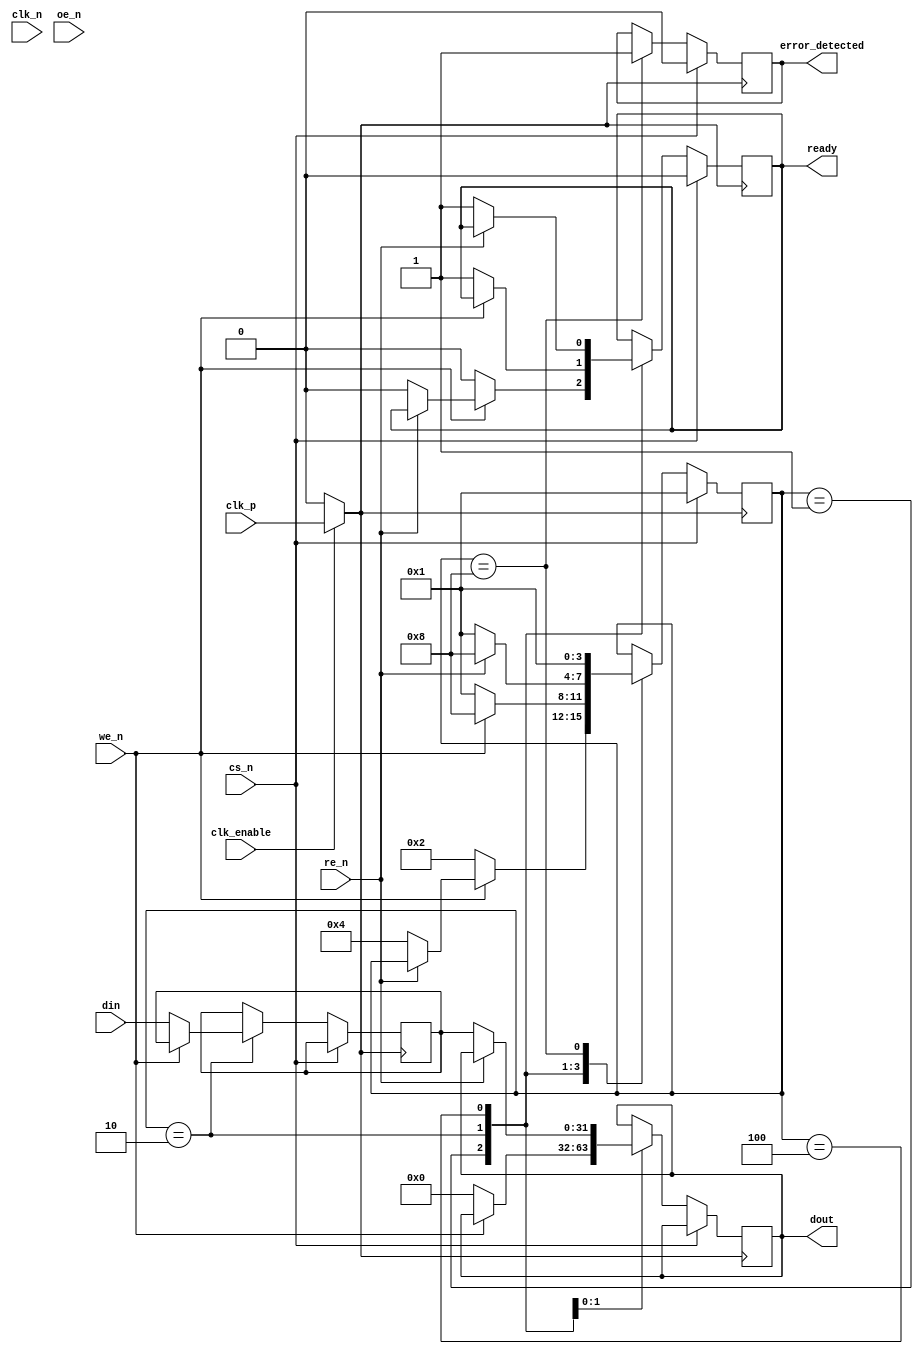
module gDDR2_IO_Block #(
    parameter DATA_WIDTH = 32, // Configurable data bus width (16, 32, 64 bits)
    parameter CLK_FREQ = 200e6  // Clock frequency (200 MHz to 400 MHz)
)(
    input wire clk_p,             // Positive differential clock input
    input wire clk_n,             // Negative differential clock input
    input wire cs_n,              // Chip Select (active low)
    input wire we_n,              // Write Enable (active low)
    input wire re_n,              // Read Enable (active low)
    input wire oe_n,              // Output Enable (active low)
    input wire [DATA_WIDTH-1:0] din, // Data input
    output reg [DATA_WIDTH-1:0] dout, // Data output
    output reg ready,             // Ready signal for data transfer
    output reg error_detected,     // Error detection signal
    input wire clk_enable          // Clock enable signal
);

    // Internal signals
    reg [DATA_WIDTH-1:0] data_buffer;
    reg [3:0] state; // State machine for control
    localparam IDLE = 4'b0001, WRITE = 4'b0010, READ = 4'b0100, ERROR = 4'b1000;

    // Clock management (synchronization)
    wire clk = clk_enable ? clk_p : 1'b0; // Use positive clock when enabled

    // State machine for control logic
    always @(posedge clk) begin
        if (!cs_n) begin // Chip Select active
            case (state)
                IDLE: begin
                    if (!we_n) begin // Write operation
                        state <= WRITE;
                        ready <= 1'b0;
                    end else if (!re_n) begin // Read operation
                        state <= READ;
                        ready <= 1'b0;
                    end
                end
                WRITE: begin
                    // Write data to buffer
                    if (!we_n) begin
                        data_buffer <= din;
                        dout <= 0; // Clear output during write
                        ready <= 1'b1; // Indicate operation ready
                        state <= IDLE; // Return to idle
                    end else begin
                        state <= ERROR; // Handle error if write enable is high
                    end
                end
                READ: begin
                    // Read data from buffer
                    if (!re_n) begin
                        dout <= data_buffer; // Output the data
                        ready <= 1'b1; // Indicate operation ready
                        state <= IDLE; // Return to idle
                    end else begin
                        state <= ERROR; // Handle error if read enable is high
                    end
                end
                ERROR: begin
                    error_detected <= 1'b1; // Set error flag
                    state <= IDLE; // Return to idle
                end
            endcase
        end else begin
            // Reset state when chip select is inactive
            state <= IDLE;
            ready <= 1'b0;
            error_detected <= 1'b0;
        end
    end

    // Timing management and signal integrity (simplified)
    // In a real design, you would implement a more complex timing controller
    // and signal integrity checks here.

endmodule